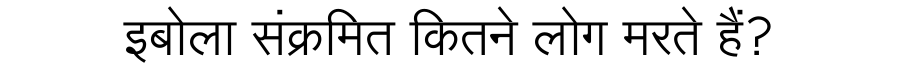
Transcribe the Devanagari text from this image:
इबोला संक्रमित कितने लोग मरते हैं?